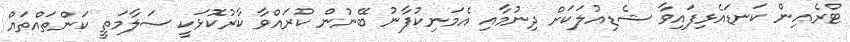
ޓްރެއިން ކަނޑައެޅިފައިވާ ޝެޑިއުލަކަށް ދިނުމާއި އެމަނިކުފާނު ބޭނުން ކުރައްވާ ކާރުކޮޅަކީ ސަލާމަތީ ކަންތައްތައް